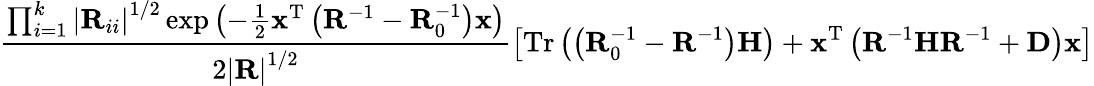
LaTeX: \frac{\prod_{i=1}^{k}\left|\mathbf{R}_{ii}\right|^{1/2}\exp\left(-\frac{1}{2}\mathbf{x}^{\mathrm{T}}\left(\mathbf{R}^{-1}-\mathbf{R}_{0}^{-1}\right)\mathbf{x}\right)}{2\left|\mathbf{R}\right|^{1/2}}\left[\mathrm{Tr}\left(\left(\mathbf{R}_{0}^{-1}-\mathbf{R}^{-1}\right)\mathbf{H}\right)+\mathbf{x}^{\mathrm{T}}\left(\mathbf{R}^{-1}\mathbf{H}\mathbf{R}^{-1}+\mathbf{D}\right)\mathbf{x}\right]